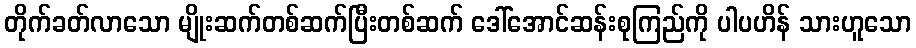
တိုက်ခတ်လာသော မျိုးဆက်တစ်ဆက်ပြီးတစ်ဆက် ဒေါ်အောင်ဆန်းစုကြည်ကို ပါပဟိန် သားဟူသော